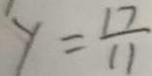
y = \frac { 1 7 } { 1 1 }